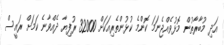
އަދި މުބާރާތުން މޮޅުވެއްޖެނަމަ ކޮންމެ ކުޅުންތެރިއަކަށް 32000 ރުފިޔާ ދެއްވާނެ ކަމަށް ރައީސް